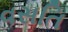
વસતિ